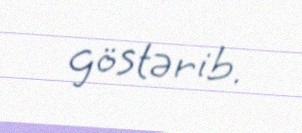
göstərib.